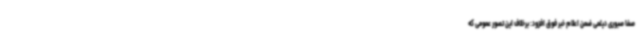
صفا صبوری دیلمی ضمن اعلام خبر فوق افزود: برخلاف این تصور عمومی که